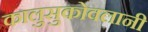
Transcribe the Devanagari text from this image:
कालुसुकोवलानी